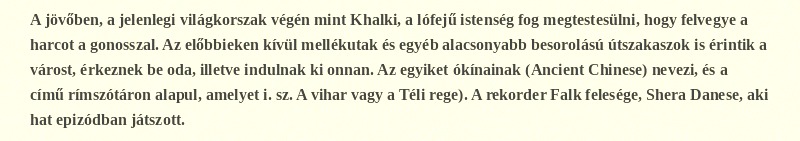
A jövőben, a jelenlegi világkorszak végén mint Khalki, a lófejű istenség fog megtestesülni, hogy felvegye a harcot a gonosszal. Az előbbieken kívül mellékutak és egyéb alacsonyabb besorolású útszakaszok is érintik a várost, érkeznek be oda, illetve indulnak ki onnan. Az egyiket ókínainak (Ancient Chinese) nevezi, és a 切韻 című rímszótáron alapul, amelyet i. sz. A vihar vagy a Téli rege). A rekorder Falk felesége, Shera Danese, aki hat epizódban játszott.